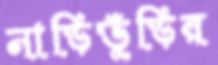
নাড়িভুঁড়ির